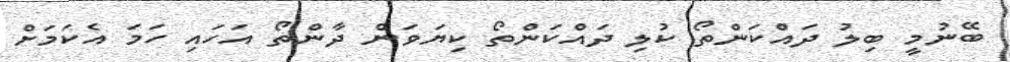
ބޭނުމީ ބިލު ދައްކަންތޯ ކުލި ދައްކަންތޯ ކިޔަވަން ދާންތޯ އަހައި ހަމަ އެކަމަށް